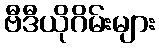
ဗီဒီယိုဂိမ်းများ